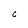
Character: C